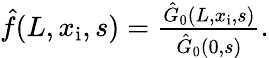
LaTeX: \begin{array}{r}{\hat{f}(L,x_{\mathrm{i}},s)=\frac{\hat{G}_{0}(L,x_{\mathrm{i}},s)}{\hat{G}_{0}(0,s)}.}\end{array}